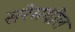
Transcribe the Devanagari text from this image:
सरेमधील